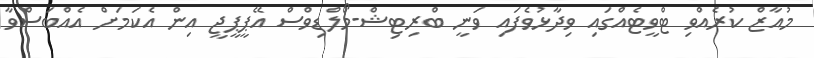
މުއާޒް ކުރެއްވި ޓްވީޓެއްގައި ވިދާޅުވެފައި ވަނީ ބްރިޓިޝް-މޯލްޑިވްސް އޭޕީޕީޖީ އިން އެކަމަށް އެއްބަސްވާ